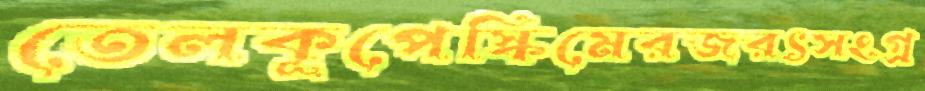
তেলকূপেস্কিমেরজরৎসংগ্র